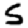
Digit: 5